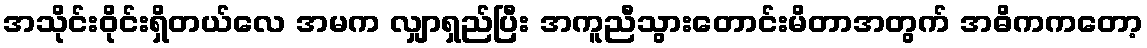
အသိုင်းဝိုင်းရှိတယ်လေ အမက လျှာရှည်ပြီး အကူညီသွားတောင်းမိတာအတွက် အဓိကကတော့